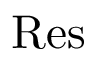
\mathrm { R e s }